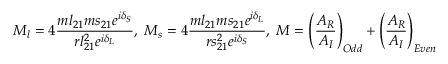
M _ { l } = 4 \frac { m l _ { 2 1 } m s _ { 2 1 } e ^ { i \delta _ { S } } } { r l _ { 2 1 } ^ { 2 } e ^ { i \delta _ { L } } } , \; M _ { s } = 4 \frac { m l _ { 2 1 } m s _ { 2 1 } e ^ { i \delta _ { L } } } { r s _ { 2 1 } ^ { 2 } e ^ { i \delta _ { S } } } , \; M = \left( \frac { A _ { R } } { A _ { I } } \right) _ { O d d } + \left( \frac { A _ { R } } { A _ { I } } \right) _ { E v e n }